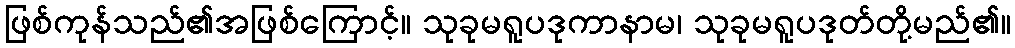
ဖြစ်ကုန်သည်၏အဖြစ်ကြောင့်။ သုခုမရူပဒုကာနာမ၊ သုခုမရူပဒုတ်တို့မည်၏။